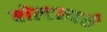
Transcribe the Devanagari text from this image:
बोल्टनबरी